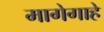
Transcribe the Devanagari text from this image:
मागेगाहे